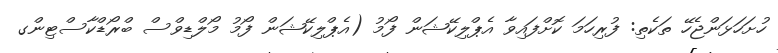
ހުށަހަޅަންޖެހޭ ތަކެތި: ފުރިހަމަ ކޮށްފައިވާ އެޕްލިކޭޝަން ފޯމު (އެޕްލިކޭޝަން ފޯމު މޯލްޑިވްސް ބްރޯޑްކާސްޓިންގ